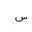
Letter: _sin